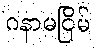
ဂနာမငြိမ်